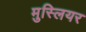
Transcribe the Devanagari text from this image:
मुस्लियर